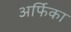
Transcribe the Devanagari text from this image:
अर्फिका